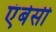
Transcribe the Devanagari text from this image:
एंबेसी